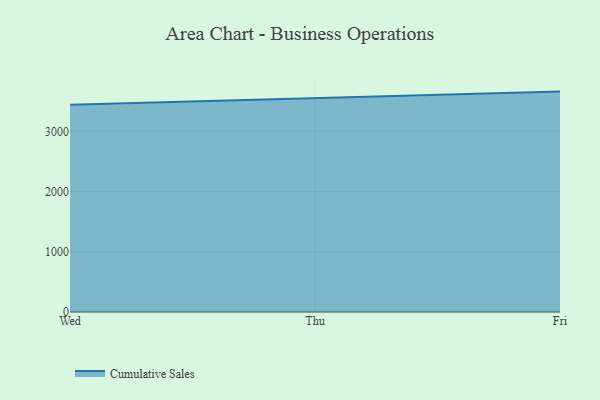
{"axis": {"x": "Day", "y": "Demand Index"}, "legend": ["Cumulative Sales"], "data": [{"x": "Wed", "y": 3441.1, "type": "Cumulative Sales"}, {"x": "Thu", "y": 3552.7, "type": "Cumulative Sales"}, {"x": "Fri", "y": 3660.1, "type": "Cumulative Sales"}]}